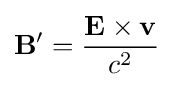
\mathbf {B} '={\frac {\mathbf {E} \times \mathbf {v} }{c^{2}}}